Report on vaccination in the Province of Bengal - 1869-1873
Year: 1869
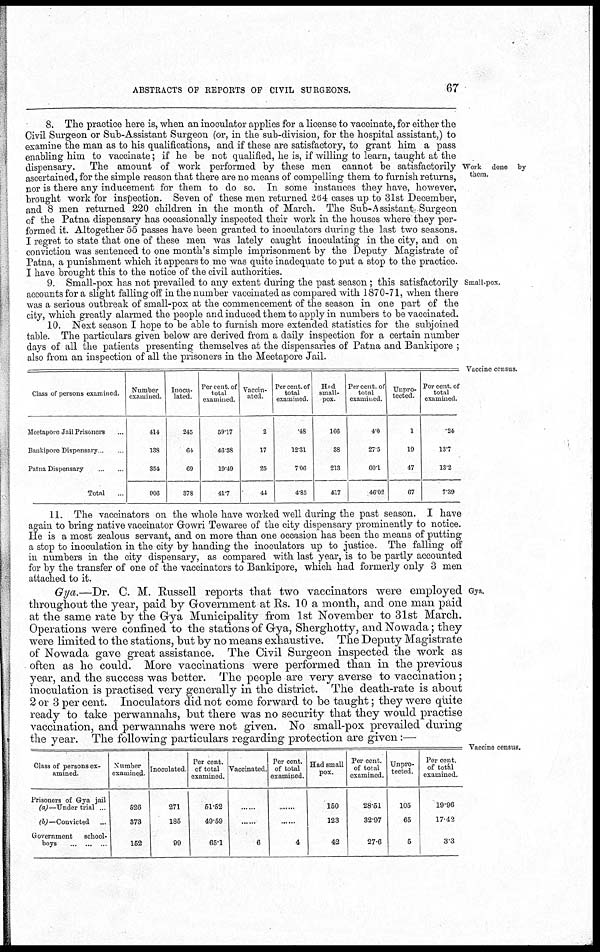
ABSTRACTS OF REPORTS OF CIVIL SURGEONS.
67
Work done by
them.
8. The practice here is, when an inoculator applies for a license to vaccinate, for either the
Civil Surgeon or Sub-Assistant Surgeon (or, in the sub-division, for the hospital assistant,) to
examine the man as to his qualifications, and if these are satisfactory, to grant him a pass
enabling him to vaccinate; if he be not qualified, he is, if willing to learn, taught at the
dispensary. The amount of work performed by these men cannot be satisfactorily
ascertained, for the simple reason that there are no means of compelling them to furnish returns,
nor is there any inducement for them to do so. In some instances they have, however,
brought work for inspection. Seven of these men returned 264 cases up to 31st December,
and 8 men returned 220 children in the month of March. The Sub-Assistant Surgeon
of the Patna dispensary has occasionally inspected their work in the houses where they per-
formed it. Altogether 55 passes have been granted to inoculators during the last two seasons.
I regret to state that one of these men was lately caught inoculating in the city, and on
conviction was sentenced to one month's simple imprisonment by the Deputy Magistrate of
Patna, a punishment which it appears to me was quite inadequate to put a stop to the practice.
I have brought this to the notice of the civil authorities.
Small-pox.
9. Small-pox has not prevailed to any extent during the past season; this satisfactorily
accounts for a slight falling off in the number vaccinated as compared with 1870-71, when there
was a serious outbreak of small-pox at the commencement of the season in one part of the
city, which greatly alarmed the people and induced them to apply in numbers to be vaccinated.
10. Next season I hope to be able to furnish more extended statistics for the subjoined
table. The particulars given below are derived from a daily inspection for a certain number
days of all the patients presenting themselves at the dispensaries of Patna and Bankipore ;
also from an inspection of all the prisoners in the Meetapore Jail.
Vaccine census.
Class of persons examined.
Meetapore Jail Prisoners ...
Bankipore Dispensary ...
Patna Dispensary
...
...
Total ...
Number
examined
414
138
354
906
Inocu-
lated.
245
04
69
878
Percent of
total
examined
59.17
46.38
19.49
41.7
Vaccin-
ated
2
17
25
44
Per cent. of
total
examined
48
12.31
7.06
4.85
Had
small¬
pox
166
38
213
417
Percent of
total
examined.
4.0
27.5
60.1
46.02
Unpro-
tected.
1
19
47
67
Percent of
total
examined.
.24
13.7
13.2
7.39
11. The vaccinators on the whole have worked well during the past season. I have
again to bring native vaccinator Gowri Tewaree of the city dispensary prominently to notice.
He is a most zealous servant, and on more than one occasion has been the means of putting
a stop to inoculation in the city by handing the inoculators up to justice. The falling off
in numbers in the city dispensary, as compared with last year, is to be partly accounted
for by the transfer of one of the vaccinators to Bankipore, which had formerly only 3 men
attached to it.
Gya.
Gya.—Dr. C. M. Russell reports that two vaccinators were employed
throughout the year, paid by Government at Rs. 10 a month, and one man paid
at the same rate by the Gya Municipality from 1st November to 31st March.
Operations were confined to the stations of Gya, Sherghotty, and Nowada; they
were limited to the stations, but by no means exhaustive. The Deputy Magistrate
of Nowada gave great assistance. The Civil Surgeon inspected the work as
often as he could. More vaccinations were performed than in the previous
year, and the success was better. The people are very averse to vaccination;
inoculation is practised very generally in the district. The death-rate is about
2 or 3 per cent. Inoculators did not come forward to be taught; they were quite
ready to take perwannahs, but there was no security that they would practise
vaccination, and perwannahs were not given. No small-pox prevailed during
the year. The following particulars regarding protection are given:—
Vaccine census.
Class of persons ex-
amined.
Prisoners of Gya jail
(a)—Under trial ...
(b)—Convicted
Government
school-
boys
...
...
...
Number
examined
626
373
152
Inoculated
271
185
90
Per cent.
of total
examined.
51.52
49.59
65.1
Vaccinated
......
......
6
Per cent.
of total
examined.
......
......
4
Had small
pox.
150
123
42
Per cent.
of total
examined.
28.51
32.97
27.6
Unpro-
tected.
105
65
5
Per cent.
of total
examined.
19.96
17.42
3.3